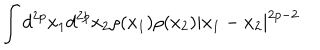
\int d ^ { 2 p } x _ { 1 } d ^ { 2 p } x _ { 2 } \rho ( x _ { 1 } ) \rho ( x _ { 2 } ) | x _ { 1 } - x _ { 2 } | ^ { 2 p - 2 }